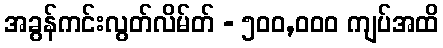
အခွန်ကင်းလွတ်လိမ်တ် - ၅၀၀,၀၀၀ ကျပ်အထိ